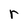
Character: r